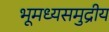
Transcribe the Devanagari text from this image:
भूमध्यसमुद्रीय